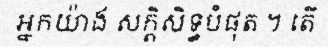
អ្នកយ៉ាង សក្តិសិទ្ធបំផុត ។ តើ